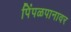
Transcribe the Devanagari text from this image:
पिंपळपानावर